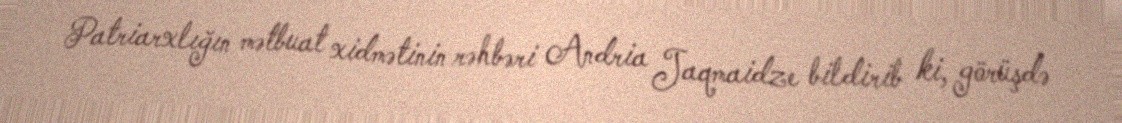
Patriarxlığın mətbuat xidmətinin rəhbəri Andria Jaqmaidze bildirib ki, görüşdə